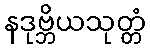
နဒုဗ္ဘိယသုတ္တံ